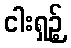
ငါးရှဉ့်